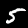
Label: 5